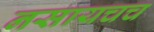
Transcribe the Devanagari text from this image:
नसायचच